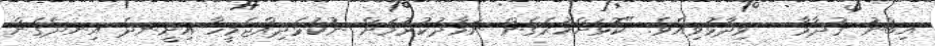
އިބްނު ޤުދާމާ   ވިދާޅުވިއެވެ. "ކޮޅަށްހުރެގެން ނަމާދުކުުރުމަށް ނުކުޅެދިއްޖެމީހާ އިށީނދެ އިނދެގެން